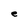
Character: e